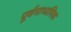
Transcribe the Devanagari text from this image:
पूर्वमाध्यमिक